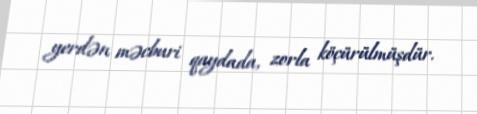
yerdən məcburi qaydada, zorla köçürülmüşdür.